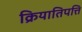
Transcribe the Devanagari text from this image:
क्रियातिपत्ति